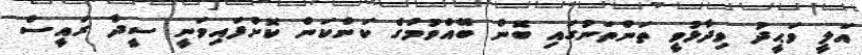
އަލީ ވަޙީދު ވިދާޅުވީ ތަންތަނުގައި ބޮން ބޭއްވުމުގެ ކަންކަން ކޮށްފައިވަނީ ސީދާ ރައީސް